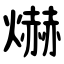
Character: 爀